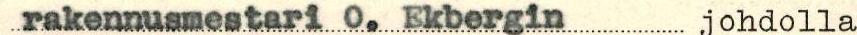
rakennusmestari O. Ekbergin johdolla